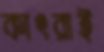
কাৎরাই